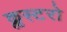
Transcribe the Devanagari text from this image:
क्लस्टरो